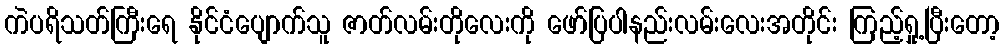
ကဲပရိသတ်ကြီးရေ နိုင်ငံပျောက်သူ ဇာတ်လမ်းတိုလေးကို ဖော်ပြပါနည်းလမ်းလေးအတိုင်း ကြည့်ရှု့ပြီးတော့